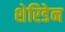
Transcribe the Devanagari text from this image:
शेरिडेन